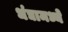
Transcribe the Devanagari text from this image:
धंद्यामध्ये